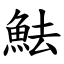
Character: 魼